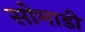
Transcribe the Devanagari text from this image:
सोमाडी